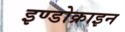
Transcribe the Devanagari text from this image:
इण्डोक्राइन